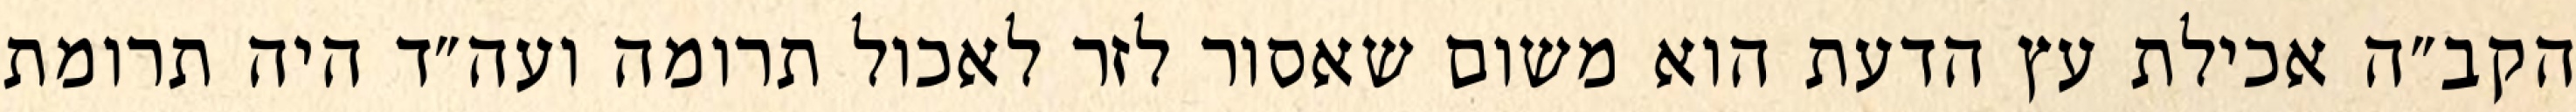
הקב״ה אכילת עץ הדעת הוא משום שאסור לזר לאכול תרומה ועה״ד היה תרומת